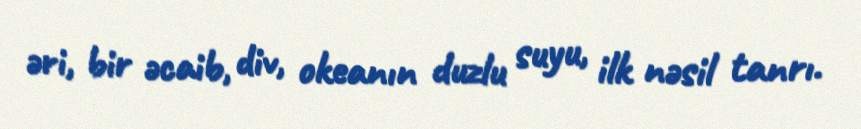
əri, bir əcaib, div, okeanın duzlu suyu, ilk nəsil tanrı.